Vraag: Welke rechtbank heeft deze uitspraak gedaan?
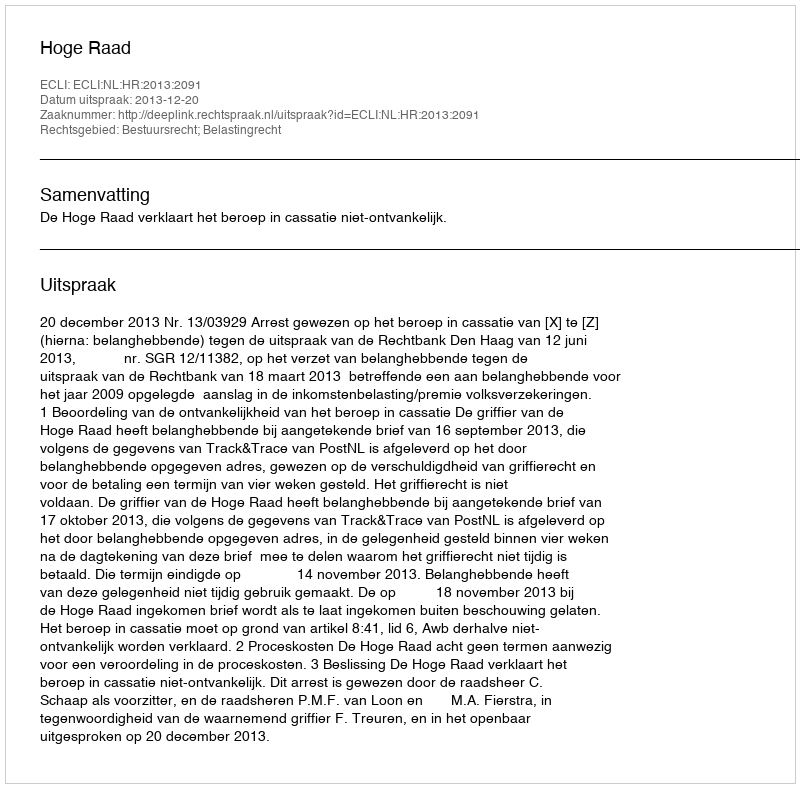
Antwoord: Hoge Raad